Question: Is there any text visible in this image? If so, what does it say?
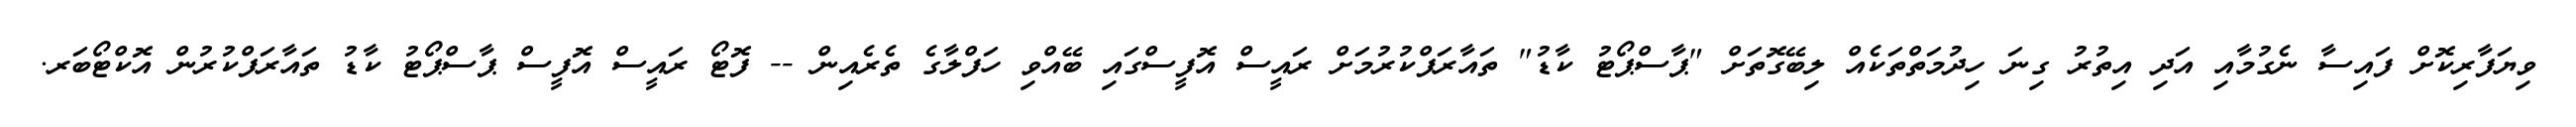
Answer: ވިޔަފާރިކޮށް ފައިސާ ނެގުމާއި އަދި އިތުރު ގިނަ ހިދުމަތްތަކެއް ލިބޭގޮތަށް "ޕާސްޕޯޓު ކާޑު" ތައާރަފްކުރުމަށް ރައީސް އޮފީސްގައި ބޭއްވި ހަފްލާގެ ތެރެއިން -- ފޮޓޯ ރައީސް އޮފީސް ޕާސްޕޯޓު ކާޑު ތައާރަފްކުރުން އޮކްޓޯބަރ.